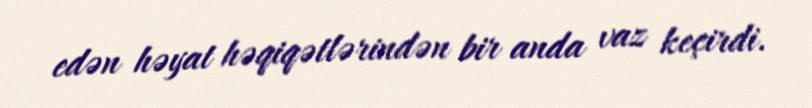
edən həyat həqiqətlərindən bir anda vaz keçirdi.